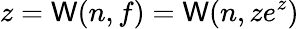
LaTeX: z=\mathsf{W}(n,f)=\mathsf{W}(n,ze^{z})